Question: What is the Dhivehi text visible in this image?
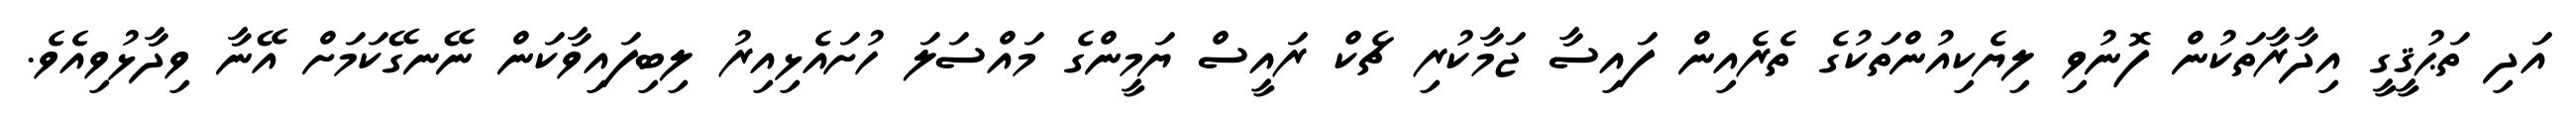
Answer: އަދި ތަޙުޤީގީ އިދާރާތަކުން ފޮނުވި ލިޔެކިއުންތަކުގެ ތެރެއިން ފައިސާ ޖަމާކުރި ޗެކް ރައީސް ޔަމީންގެ މައްސަލަ ހުށައެޅިއިރު ލިބިފައިވާކަން ނޭނގޭކަމަށް އޭނާ ވިދާޅުވިއެވެ.